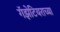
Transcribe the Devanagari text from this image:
गॅझेटियराच्या